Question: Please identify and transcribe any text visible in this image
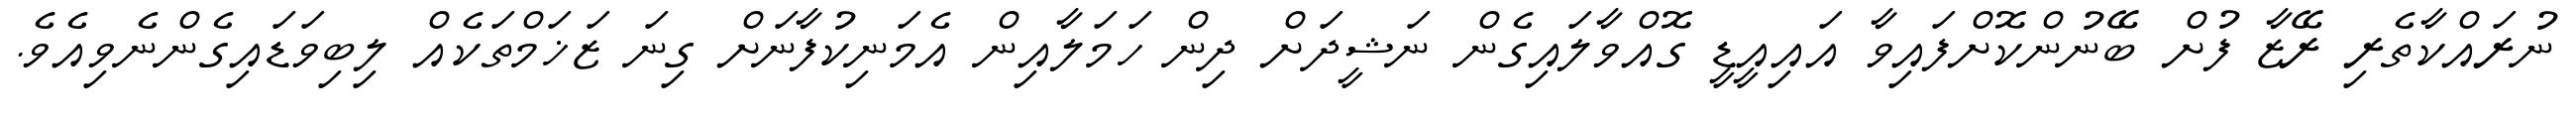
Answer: ނުރައްކާތެރި ރޭޒާ ފުށް ބޭނުންކޮށްފައިވާ އައިއީޑީ ގޮއްވާލައިގެން ނަޝީދަށް ދިން ހަމަލާއިން އެމަނިކުފާނަށް ގިނަ ޒަޚަމްތަކެއް ލިބިވަޑައިގެންނެވިއެވެ.